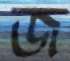
জ